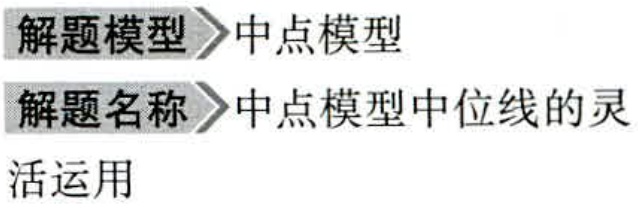
\begin{document}

解题模型$\rhd$中点模型

解题名称$\rhd$中点模型中位线的灵

活运用

\end{document}